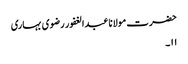
حضرت مولانا عبدالغفور رضوی بہاری
۱۱۔